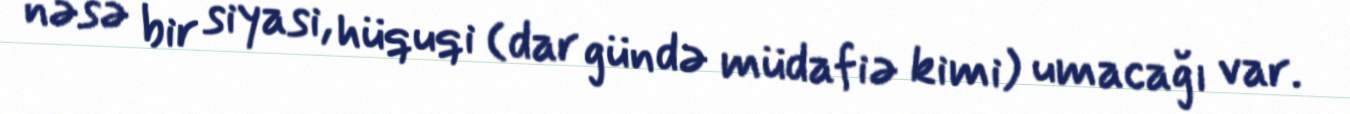
nəsə bir siyasi, hüquqi (dar gündə müdafiə kimi) umacağı var.